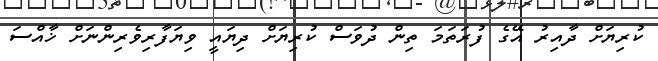
ކުރިޔަށް ދާއިރު އޭގެ ފުރަތަމަ ތިން ދުވަސް ކުރިޔަށް ދިޔައީ ވިޔަފާރިވެރިންނަށް ޚާއްސަ